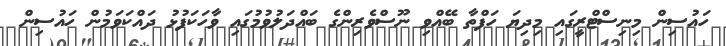
ހައުސިން މިނިސްޓްރީގައި މިދިޔަ ހަފްތާ ބޭއްވި ނޫސްވެރިިންގެ ބައްދަލުވުމުގައި ވާހަކަފުޅު ދައްކަވަމުން ހައުސިން